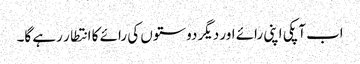
اب آپکی اپنی رائے اور دیگر دوستوں کی رائے کا انتطار رہے گا۔